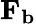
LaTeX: \mathbf{F_{b}}